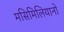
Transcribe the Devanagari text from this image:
मसिमिलियानो